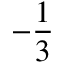
- \frac 1 3